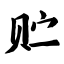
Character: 贮